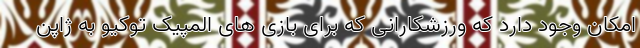
امکان وجود دارد که ورزشکارانی که برای بازی های المپیک توکیو به ژاپن